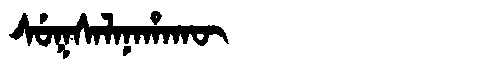
Manchu: ᠰᡠᡴᠰᠠᠯᠠᠨᠠᡥᠠᡴᡡ
Romanization: SUKSALANAHAKŪ